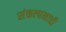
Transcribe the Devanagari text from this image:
संकल्पनाची